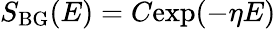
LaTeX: S_{\mathrm{BG}}(E)=C\mathrm{exp}(-\eta E)